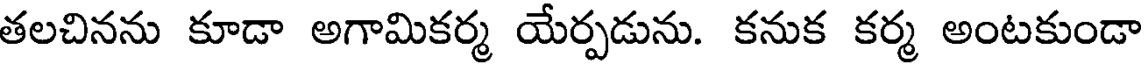
తలచినను కూడా అగామికర్మ యేర్పడును. కనుక కర్మ అంటకుండా